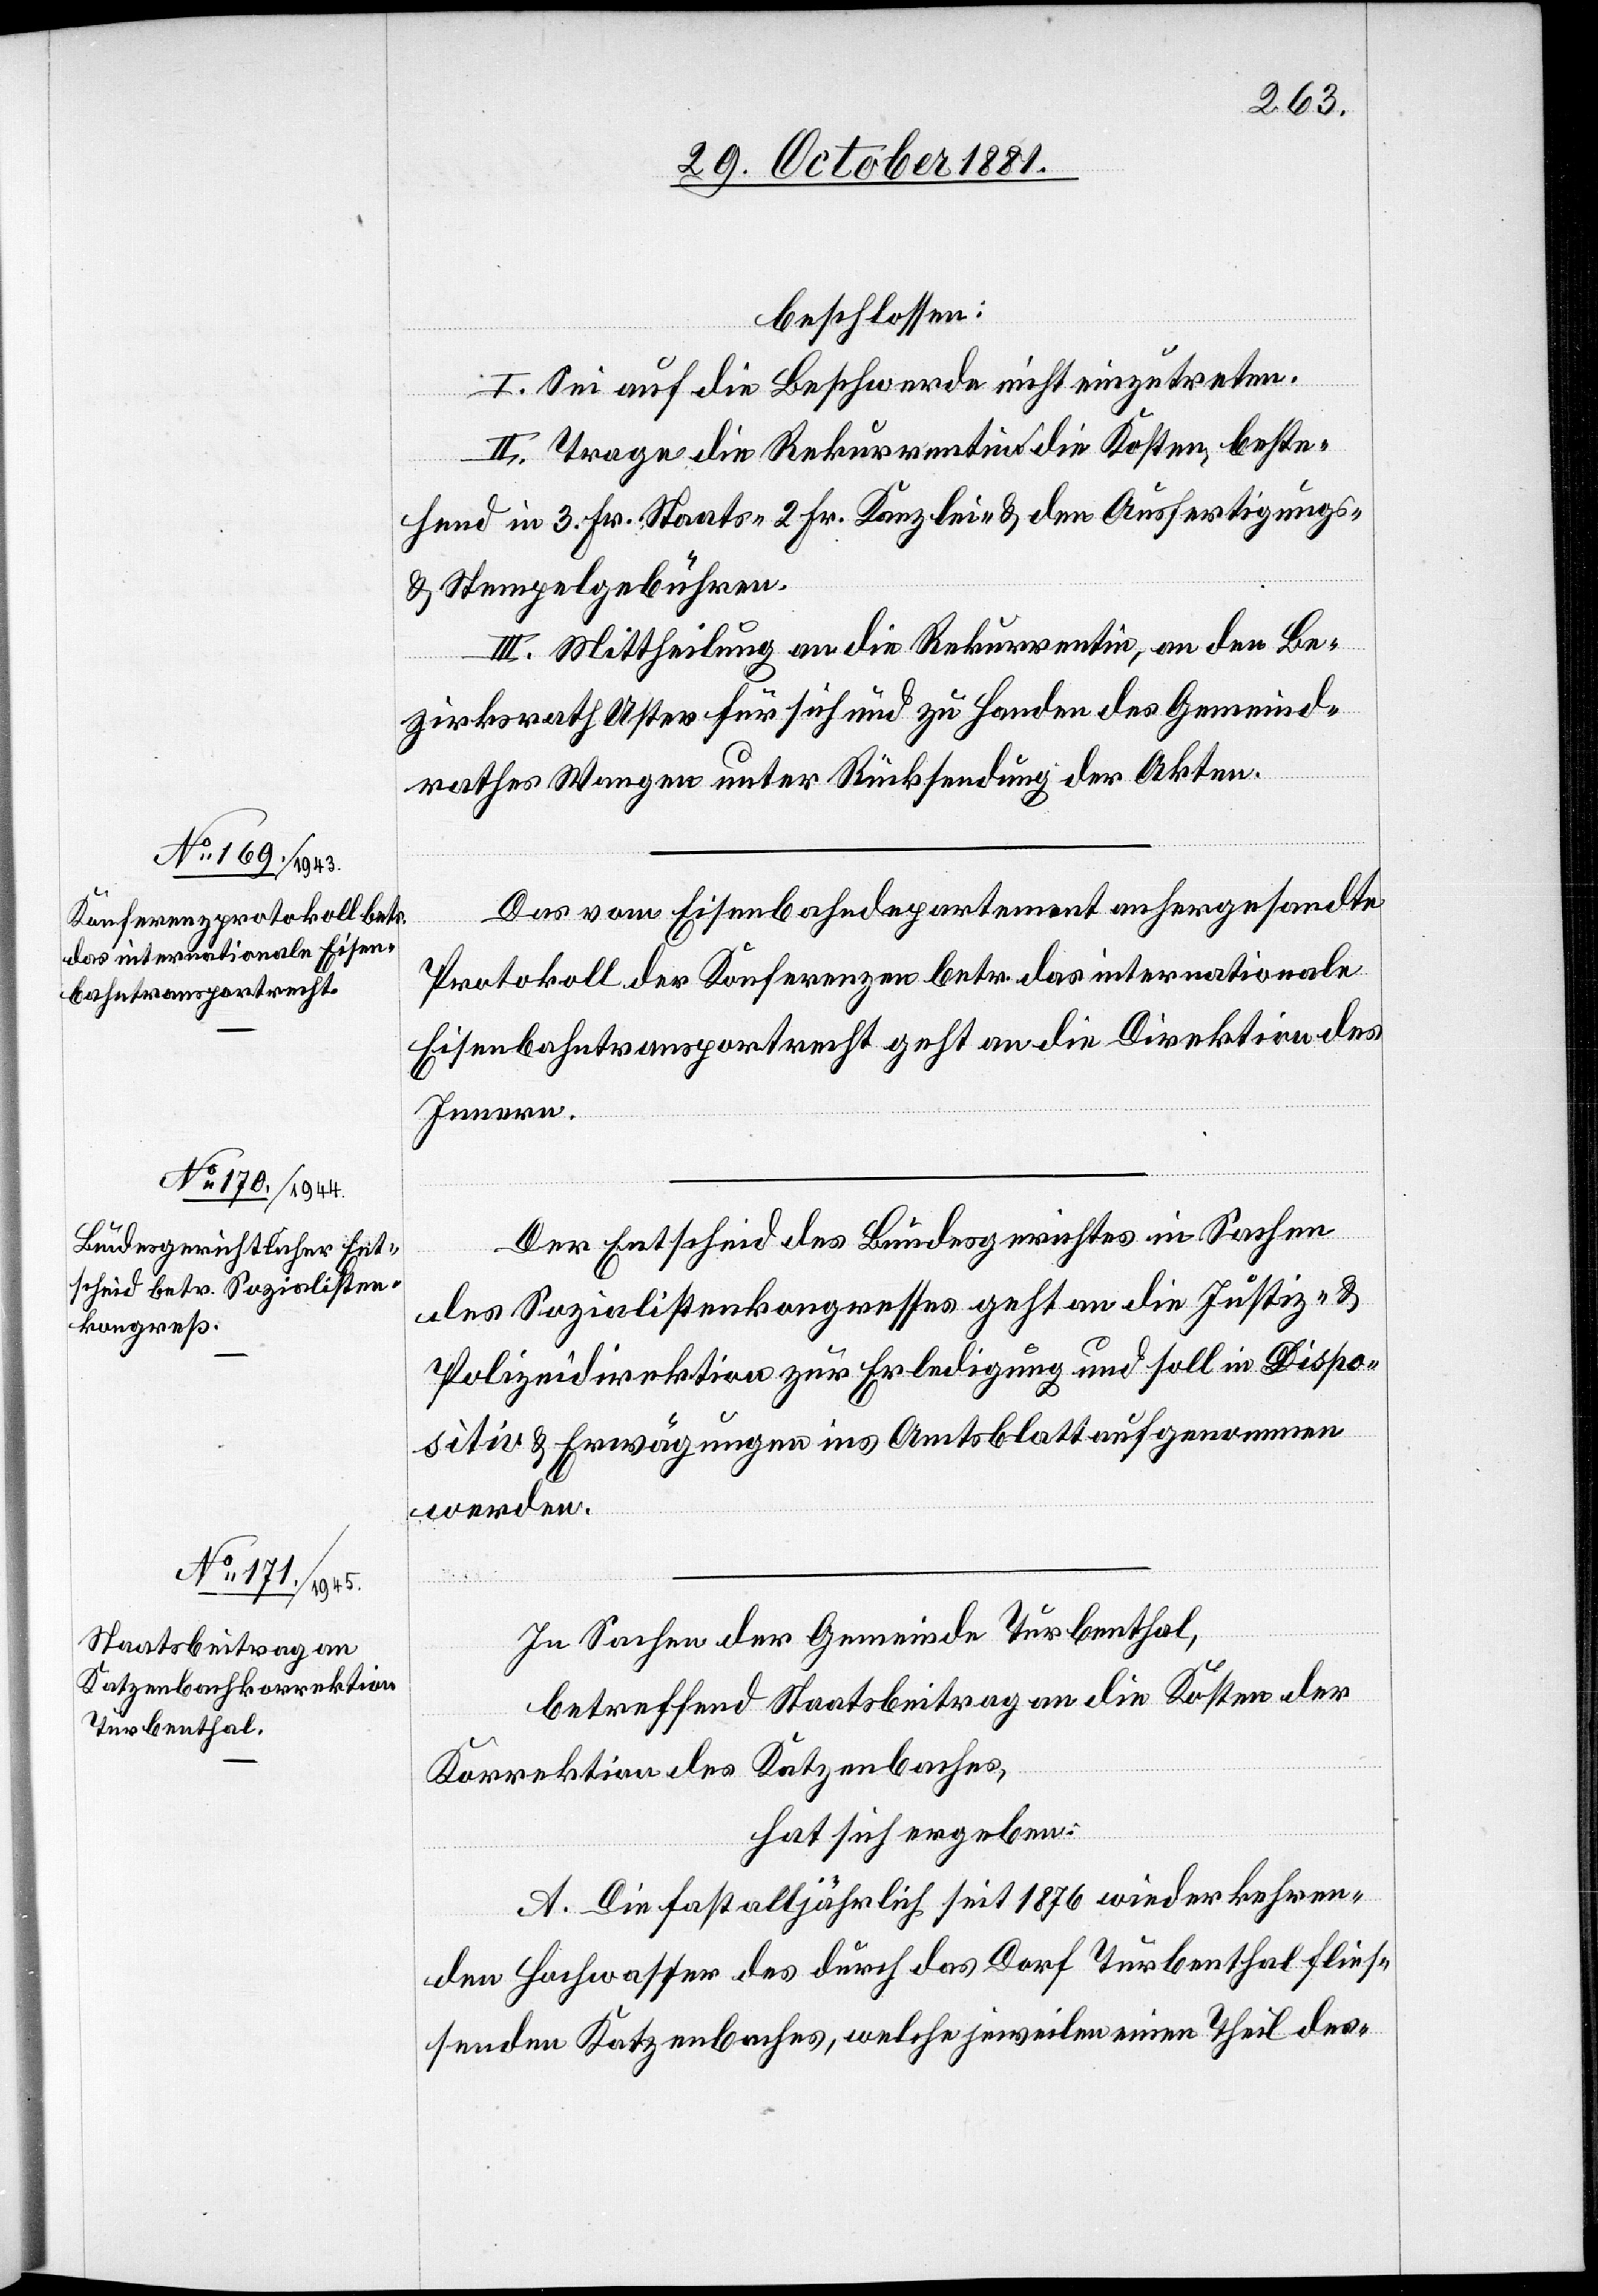
beschlossen:
I. Sei auf die Beschwerde nicht einzutreten.
II. Trage die Rekurrentin die Kosten, beste¬
hend in 3. Fr. Staats-[,] 2 Fr. Kanzlei- & den Ausfertigungs-
& Stempelgebühren.
III. Mittheilung an die Rekurrentin, an den Be¬
zirksrath Uster für sich und zu Handen des Gemeind¬
rathes Wangen unter Rücksendung der Akten.
Das vom Eisenbahndepartement anhergesandte
Protokoll der Konferenzen betr. das internationale
Eisenbahntransportrecht geht an die Direktion des
Innern.
Der Entscheid des Bundesgerichtes in Sachen
des Sozialistenkongresses geht an die Justiz- &
Polizeidirektion zur Erledigung und soll in Dispo¬
sitiv & Erwägungen ins Amtsblatt aufgenommen
werden.
In Sachen der Gemeinde Turbenthal,
betreffend Staatsbeitrag an die Kosten der
Korrektion des Katzenbaches,
hat sich ergeben:
A. Die fast alljährlich seit 1876 wiederkehren¬
den Hochwasser des durch das Dorf Turbenthal flies¬
senden Katzenbaches, welche jeweilen einen Theil des-